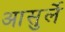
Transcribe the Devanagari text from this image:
आसुर्ले